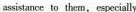
assistance to them,especially